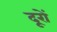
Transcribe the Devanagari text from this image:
दूरों